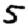
Digit: 5